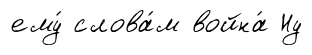
ему́ слова́м война́ Ну